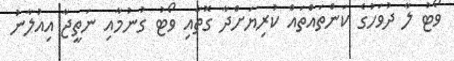
ވޯޓު ލާ ދުވަހުގެ ކަންތައްތައް ކުރިޔަށްދާ ގޮތާއި ވޯޓު ގުނުމާއި ނަތީޖާ އިއުލާނު